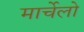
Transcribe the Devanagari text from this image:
मार्चेलो